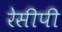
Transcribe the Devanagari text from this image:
रेसीपी